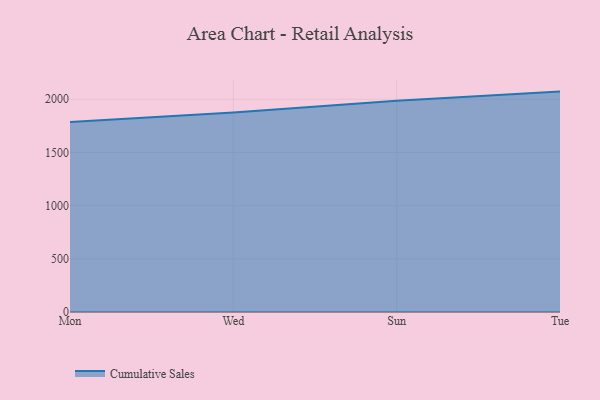
{"axis": {"x": "Day", "y": "Page Views"}, "legend": ["Cumulative Sales"], "data": [{"x": "Mon", "y": 1786.3, "type": "Cumulative Sales"}, {"x": "Wed", "y": 1875.3, "type": "Cumulative Sales"}, {"x": "Sun", "y": 1985.8, "type": "Cumulative Sales"}, {"x": "Tue", "y": 2072.2, "type": "Cumulative Sales"}]}